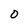
Character: 0